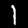
Digit: 1